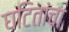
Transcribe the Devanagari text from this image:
घटितांचा